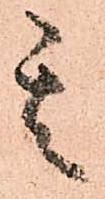
其